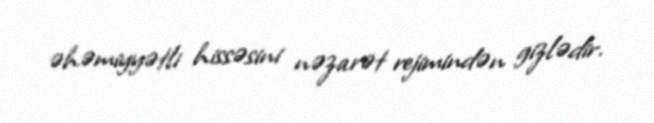
əhəmiyyətli hissəsini nəzarət rejimindən gizlədir.